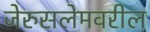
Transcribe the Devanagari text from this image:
जेरुसलेमवरील